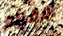
الاقزام